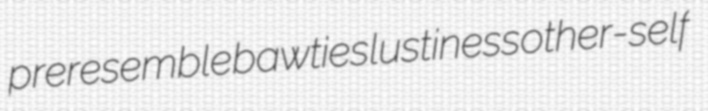
preresemble bawties lustiness other-self